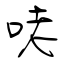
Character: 咾